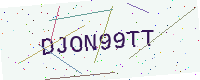
Text: DJON99TT